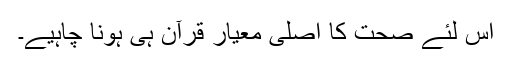
اس لئے صحت کا اصلی معیار قرآن ہی ہونا چاہیے۔